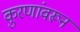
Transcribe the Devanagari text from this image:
कुरणांवरून